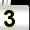
Digit: 3